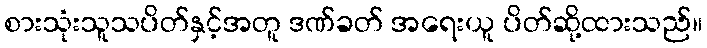
စားသုံးသူသပိတ်နှင့်အတူ ဒဏ်ခတ် အရေးယူ ပိတ်ဆို့ထားသည်။